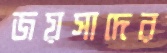
জয়সাদের